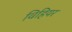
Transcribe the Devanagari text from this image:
विहियर